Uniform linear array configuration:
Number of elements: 4
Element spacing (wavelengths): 0.75
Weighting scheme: hamming
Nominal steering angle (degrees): -45
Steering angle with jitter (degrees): -43.223
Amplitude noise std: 0.05
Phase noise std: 0.05

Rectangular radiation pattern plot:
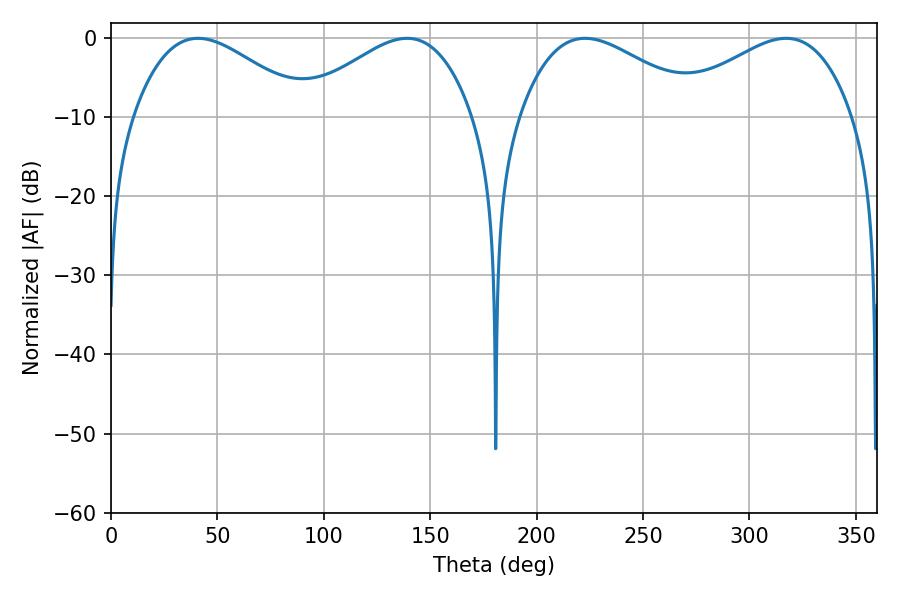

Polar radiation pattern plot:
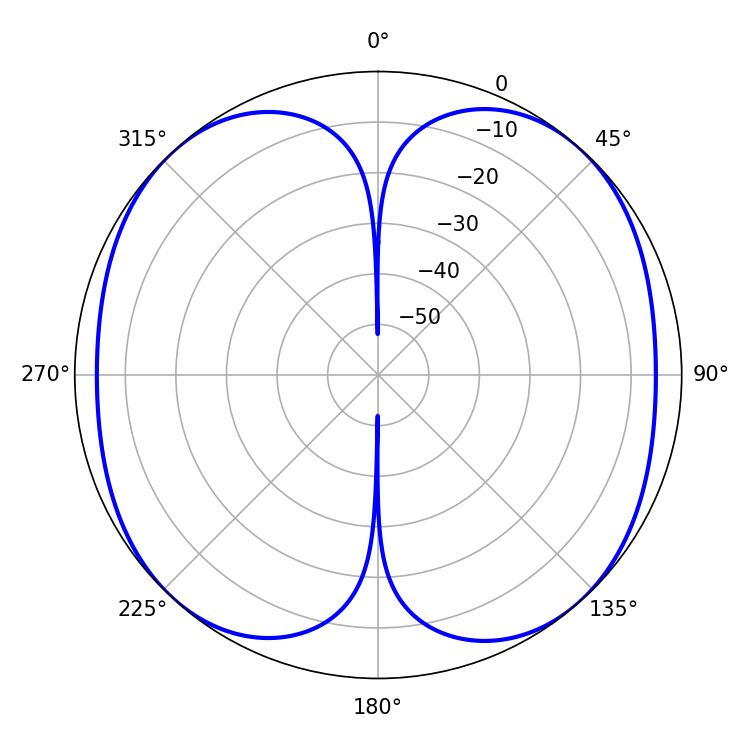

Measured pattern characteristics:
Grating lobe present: TRUE
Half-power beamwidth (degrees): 44.28
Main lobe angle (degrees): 40.86